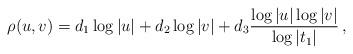
LaTeX: \begin{align*} \rho(u,v) = d_1 \log|u| + d_2 \log|v| + d_3 \frac{ \log|u|\log|v|}{\log|t_1|} \, , \end{align*}